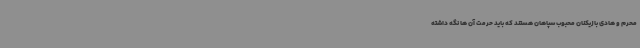
محرم و هادی بازیکنان محبوب سپاهان هستند که باید حرمت آن ها نگه داشته